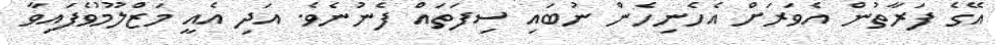
އޭގެ ފަރާތުން އެވަރަށް އެހެނިހެން ނުބައި ސިފަތައް ފެނުނެވެ. އަދި އެއީ މަޒްލޫމުވެފައިވާ